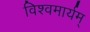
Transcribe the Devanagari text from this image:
विश्वमार्यम्‌